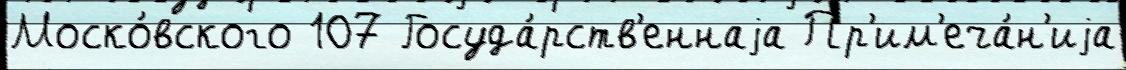
Моско́вского 107 Госуда́рств'еннаjа Пр'им'еча́н'иjа